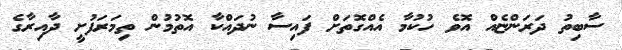
ސާބިތު ދަރަންޏެއް އޮވެ ހުކުމާ އެއްގޮތަށް ފައިސާ ނުދައްކާ އޮތުމުން ތިމަރަފުށީ ދާއިރާގެ